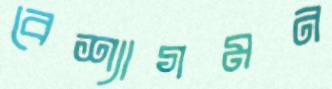
বেশ্যাগমন